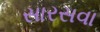
સારસવા